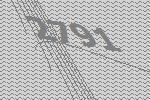
2791